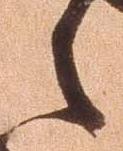
之